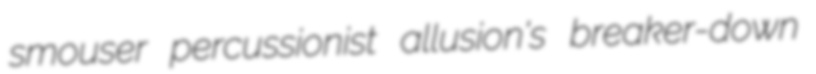
smouser percussionist allusion's breaker-down